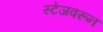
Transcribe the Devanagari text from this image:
स्टेजवरून